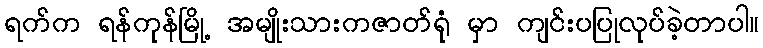
ရက်က ရန်ကုန်မြို့ အမျိုးသားကဇာတ်ရုံ မှာ ကျင်းပပြုလုပ်ခဲ့တာပါ။